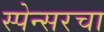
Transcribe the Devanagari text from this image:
स्पेन्सरचा